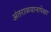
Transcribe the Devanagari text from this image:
अंतराळयानापेक्षा